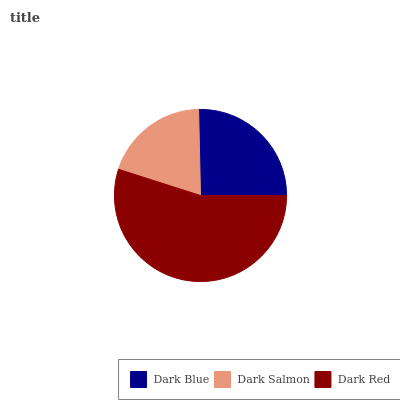
| Dark Blue | Dark Salmon | Dark Red |
 | --- | --- | --- |
 | 25.3% | 19.7% | 54.9% |